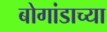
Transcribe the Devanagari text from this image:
बोगांडाच्या